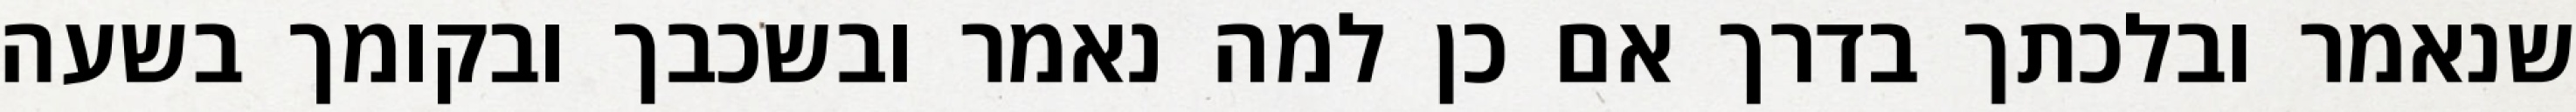
שנאמר ובלכתך בדרך אם כן למה נאמר ובשכבך ובקומך בשעה